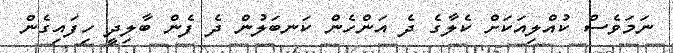
ނަމަވެސް ކުއްލިއަކަށް ކެލާގެ ދެ އަންހެން ކަނބަލުން ދެ ފެންް ބާލިދީ ހިފައިގެން